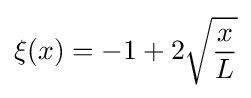
\xi (x)=-1+2{\sqrt {\frac {x}{L}}}